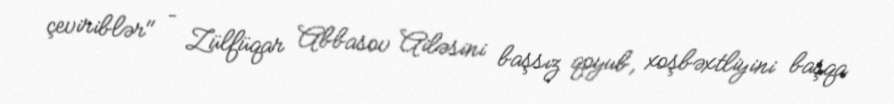
çeviriblər" – Zülfüqar Abbasov Ailəsini başsız qoyub, xoşbəxtliyini başqa